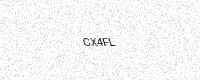
Text: CX4FL